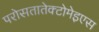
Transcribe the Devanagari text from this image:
परोसतातेक्टोमेइएस